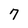
Character: 7